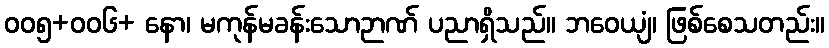
၀၀၅+၀၀၆+ နော၊ မကုန်မခန်းသောဉာဏ် ပညာရှိသည်။ ဘဝေယျံ၊ ဖြစ်စေသတည်း။